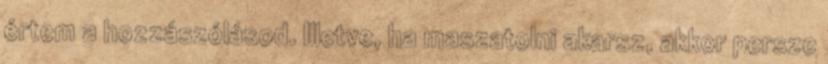
értem a hozzászólásod. Illetve, ha maszatolni akarsz, akkor persze